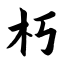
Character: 朽